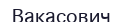
Вакасович